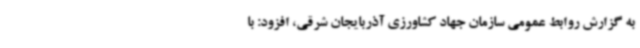
به گزارش روابط عمومی سازمان جهاد کشاورزی آذربایجان شرقی، افزود: با